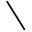
\setminus